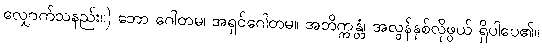
လျှောက်သနည်း။) ဘော ဂေါတမ၊ အရှင်ဂေါတမ။ အဘိက္ကန္တံ၊ အလွန်နှစ်လိုဖွယ် ရှိပါပေ၏။